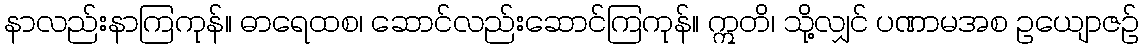
နာလည်းနာကြကုန်။ ဓာရေထစ၊ ဆောင်လည်းဆောင်ကြကုန်။ ဣတိ၊ သို့လျှင် ပဏာမအစ ဥယျောဇဉ်